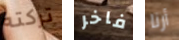
تركته فاخر أرنا